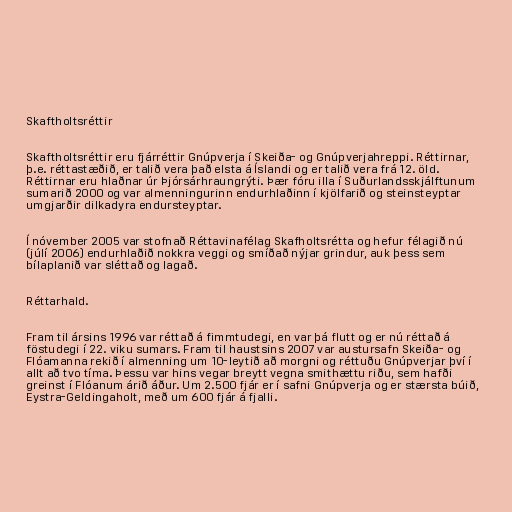
Skaftholtsréttir

Skaftholtsréttir eru fjárréttir Gnúpverja í Skeiða- og Gnúpverjahreppi. Réttirnar,
þ.e. réttastæðið, er talið vera það elsta á Íslandi og er talið vera frá 12. öld.
Réttirnar eru hlaðnar úr Þjórsárhraungrýti. Þær fóru illa í Suðurlandsskjálftunum
sumarið 2000 og var almenningurinn endurhlaðinn í kjölfarið og steinsteyptar
umgjarðir dilkadyra endursteyptar.

Í nóvember 2005 var stofnað Réttavinafélag Skafholtsrétta og hefur félagið nú
(júlí 2006) endurhlaðið nokkra veggi og smíðað nýjar grindur, auk þess sem
bílaplanið var sléttað og lagað.

Réttarhald.

Fram til ársins 1996 var réttað á fimmtudegi, en var þá flutt og er nú réttað á
föstudegi í 22. viku sumars. Fram til haustsins 2007 var austursafn Skeiða- og
Flóamanna rekið í almenning um 10-leytið að morgni og réttuðu Gnúpverjar því í
allt að tvo tíma. Þessu var hins vegar breytt vegna smithættu riðu, sem hafði
greinst í Flóanum árið áður. Um 2.500 fjár er í safni Gnúpverja og er stærsta búið,
Eystra-Geldingaholt, með um 600 fjár á fjalli.